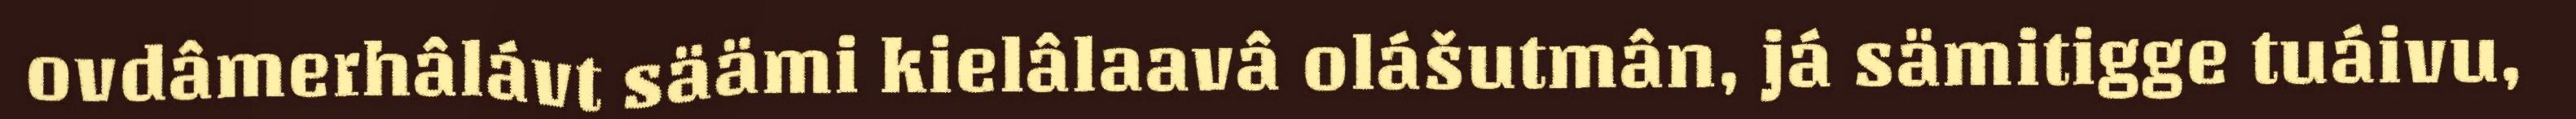
ovdâmerhâlávt säämi kielâlaavâ olášutmân, já sämitigge tuáivu,